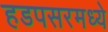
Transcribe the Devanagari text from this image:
हडपसरमध्ये